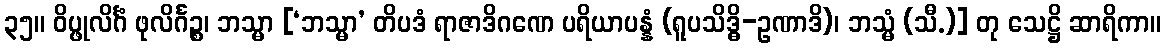
၃၅။ ဝိပ္ဖုလိင်္ဂံ ဖုလိင်္ဂဉ္စ၊ ဘသ္မာ [‘ဘသ္မာ’ တိပဒံ ရာဇာဒိဂဏေ ပရိယာပန္နံ (ရူပသိဒ္ဓိ-ဥဏာဒိ)၊ ဘသ္မံ (သီ.)] တု သေဋ္ဌိ ဆာရိကာ။